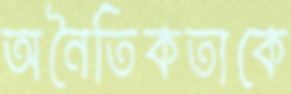
অনৈতিকতাকে